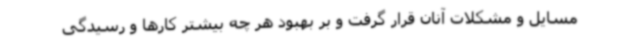
مسایل و مشکلات آنان قرار گرفت و بر بهبود هر چه بیشتر کارها و رسیدگی